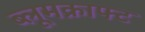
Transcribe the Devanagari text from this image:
ब्लूमक्राफ्ट